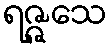
ရဇ္ဇသေ